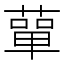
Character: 蕇